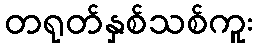
တရုတ်နှစ်သစ်ကူး